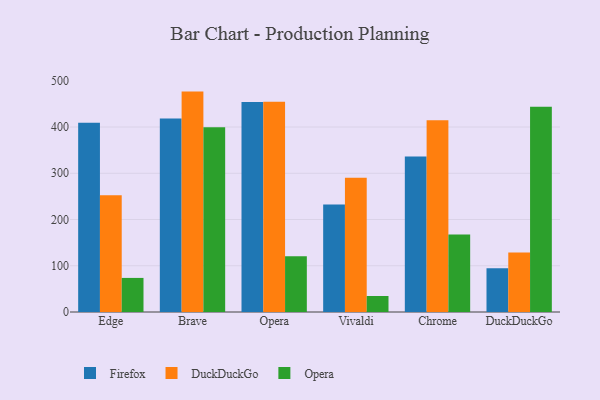
{"axis": {"x": "Browser", "y": "Satisfaction Score"}, "legend": ["DuckDuckGo", "Firefox", "Opera"], "data": [{"x": "Edge", "y": 409.1, "type": "Firefox"}, {"x": "Edge", "y": 252.5, "type": "DuckDuckGo"}, {"x": "Edge", "y": 73.7, "type": "Opera"}, {"x": "Brave", "y": 418.2, "type": "Firefox"}, {"x": "Brave", "y": 476.6, "type": "DuckDuckGo"}, {"x": "Brave", "y": 399.4, "type": "Opera"}, {"x": "Opera", "y": 454.2, "type": "Firefox"}, {"x": "Opera", "y": 454.7, "type": "DuckDuckGo"}, {"x": "Opera", "y": 120.7, "type": "Opera"}, {"x": "Vivaldi", "y": 232.3, "type": "Firefox"}, {"x": "Vivaldi", "y": 290.5, "type": "DuckDuckGo"}, {"x": "Vivaldi", "y": 34.6, "type": "Opera"}, {"x": "Chrome", "y": 336.1, "type": "Firefox"}, {"x": "Chrome", "y": 414.6, "type": "DuckDuckGo"}, {"x": "Chrome", "y": 167.8, "type": "Opera"}, {"x": "DuckDuckGo", "y": 94.5, "type": "Firefox"}, {"x": "DuckDuckGo", "y": 128.5, "type": "DuckDuckGo"}, {"x": "DuckDuckGo", "y": 444.0, "type": "Opera"}]}